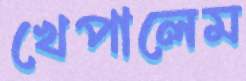
খেপালেম